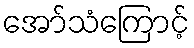
အော်သံကြောင့်